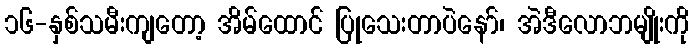
၁၆-နှစ်သမီးကျတော့ အိမ်ထောင် ပြုသေးတာပဲနော်၊ အဲဒီလောဘမျိုးကို